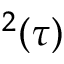
^ 2 ( \tau )